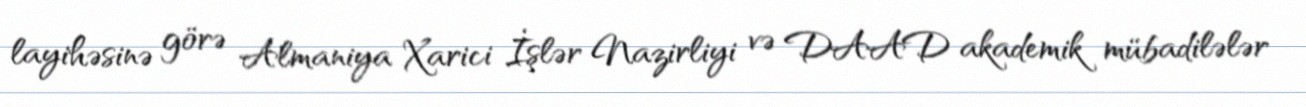
layihəsinə görə Almaniya Xarici İşlər Nazirliyi və DAAD akademik mübadilələr